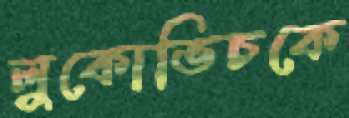
লুকোভিচকে